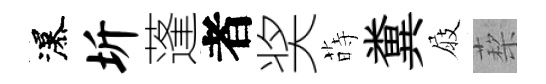
瀑圻蓬者奖蒔糞屐蔾